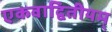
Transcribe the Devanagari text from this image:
एकवाद्वितीयम्